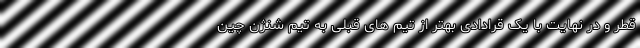
قطر و در نهایت با یک قرادادی بهتر از تیم های قبلی به تیم شنژن چین